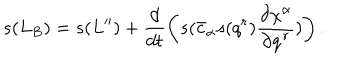
s ( L _ { B } ) = s ( L ^ { \prime \prime } ) + \frac { d } { d t } \left( s ( \bar { c } _ { \alpha } s ( q ^ { r } ) \frac { \partial \chi ^ { \alpha } } { \partial \dot { q } ^ { r } } ) \right) .